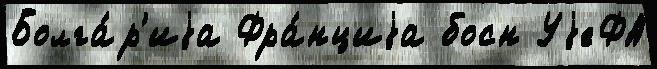
Болга́р'иjа Фра́нциjа босн УjеФА